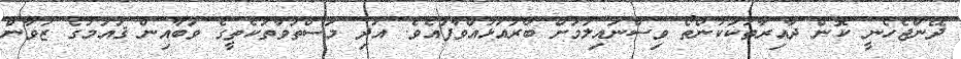
ދޭންޖެހެނީ ކޮން ދާއިރާތަކަކުންތޯ ވިސްނައިލުމަށް ބާރުއަޅުއްވާފައެވެ. އަދި މަސްތުވާތަކެތީގެ ވަބާއިން ޤައުމުގެ ޒުވާން